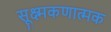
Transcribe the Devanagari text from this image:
सूक्ष्मकणात्मक